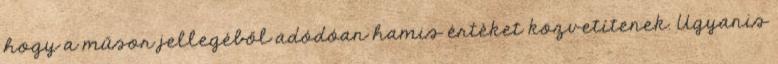
hogy a műsor jellegéből adódóan hamis értéket közvetítenek. Ugyanis